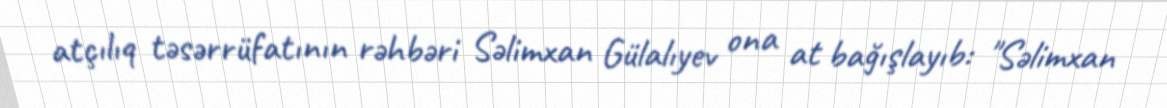
atçılıq təsərrüfatının rəhbəri Səlimxan Gülalıyev ona at bağışlayıb: "Səlimxan